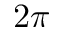
2 \pi